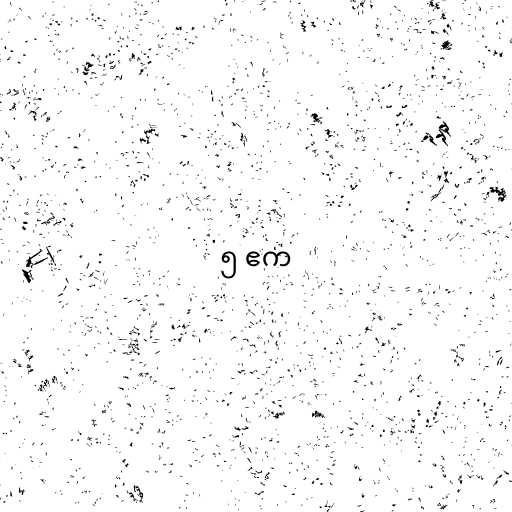
၅ ဧက